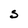
Character: S